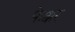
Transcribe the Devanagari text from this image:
फेक्कर